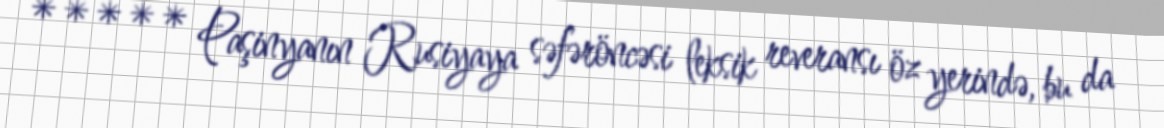
***** Paşinyanın Rusiyaya səfəröncəsi leksik reveransı öz yerində, bu da